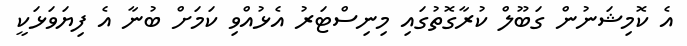
އެ ކޮމިޝަނުން ގަބޫލް ކުރާގޮތުގައި މިނިސްޓަރު އެޅުއްވި ކަމަށް ބުނާ އެ ފިޔަވަޅަކީ